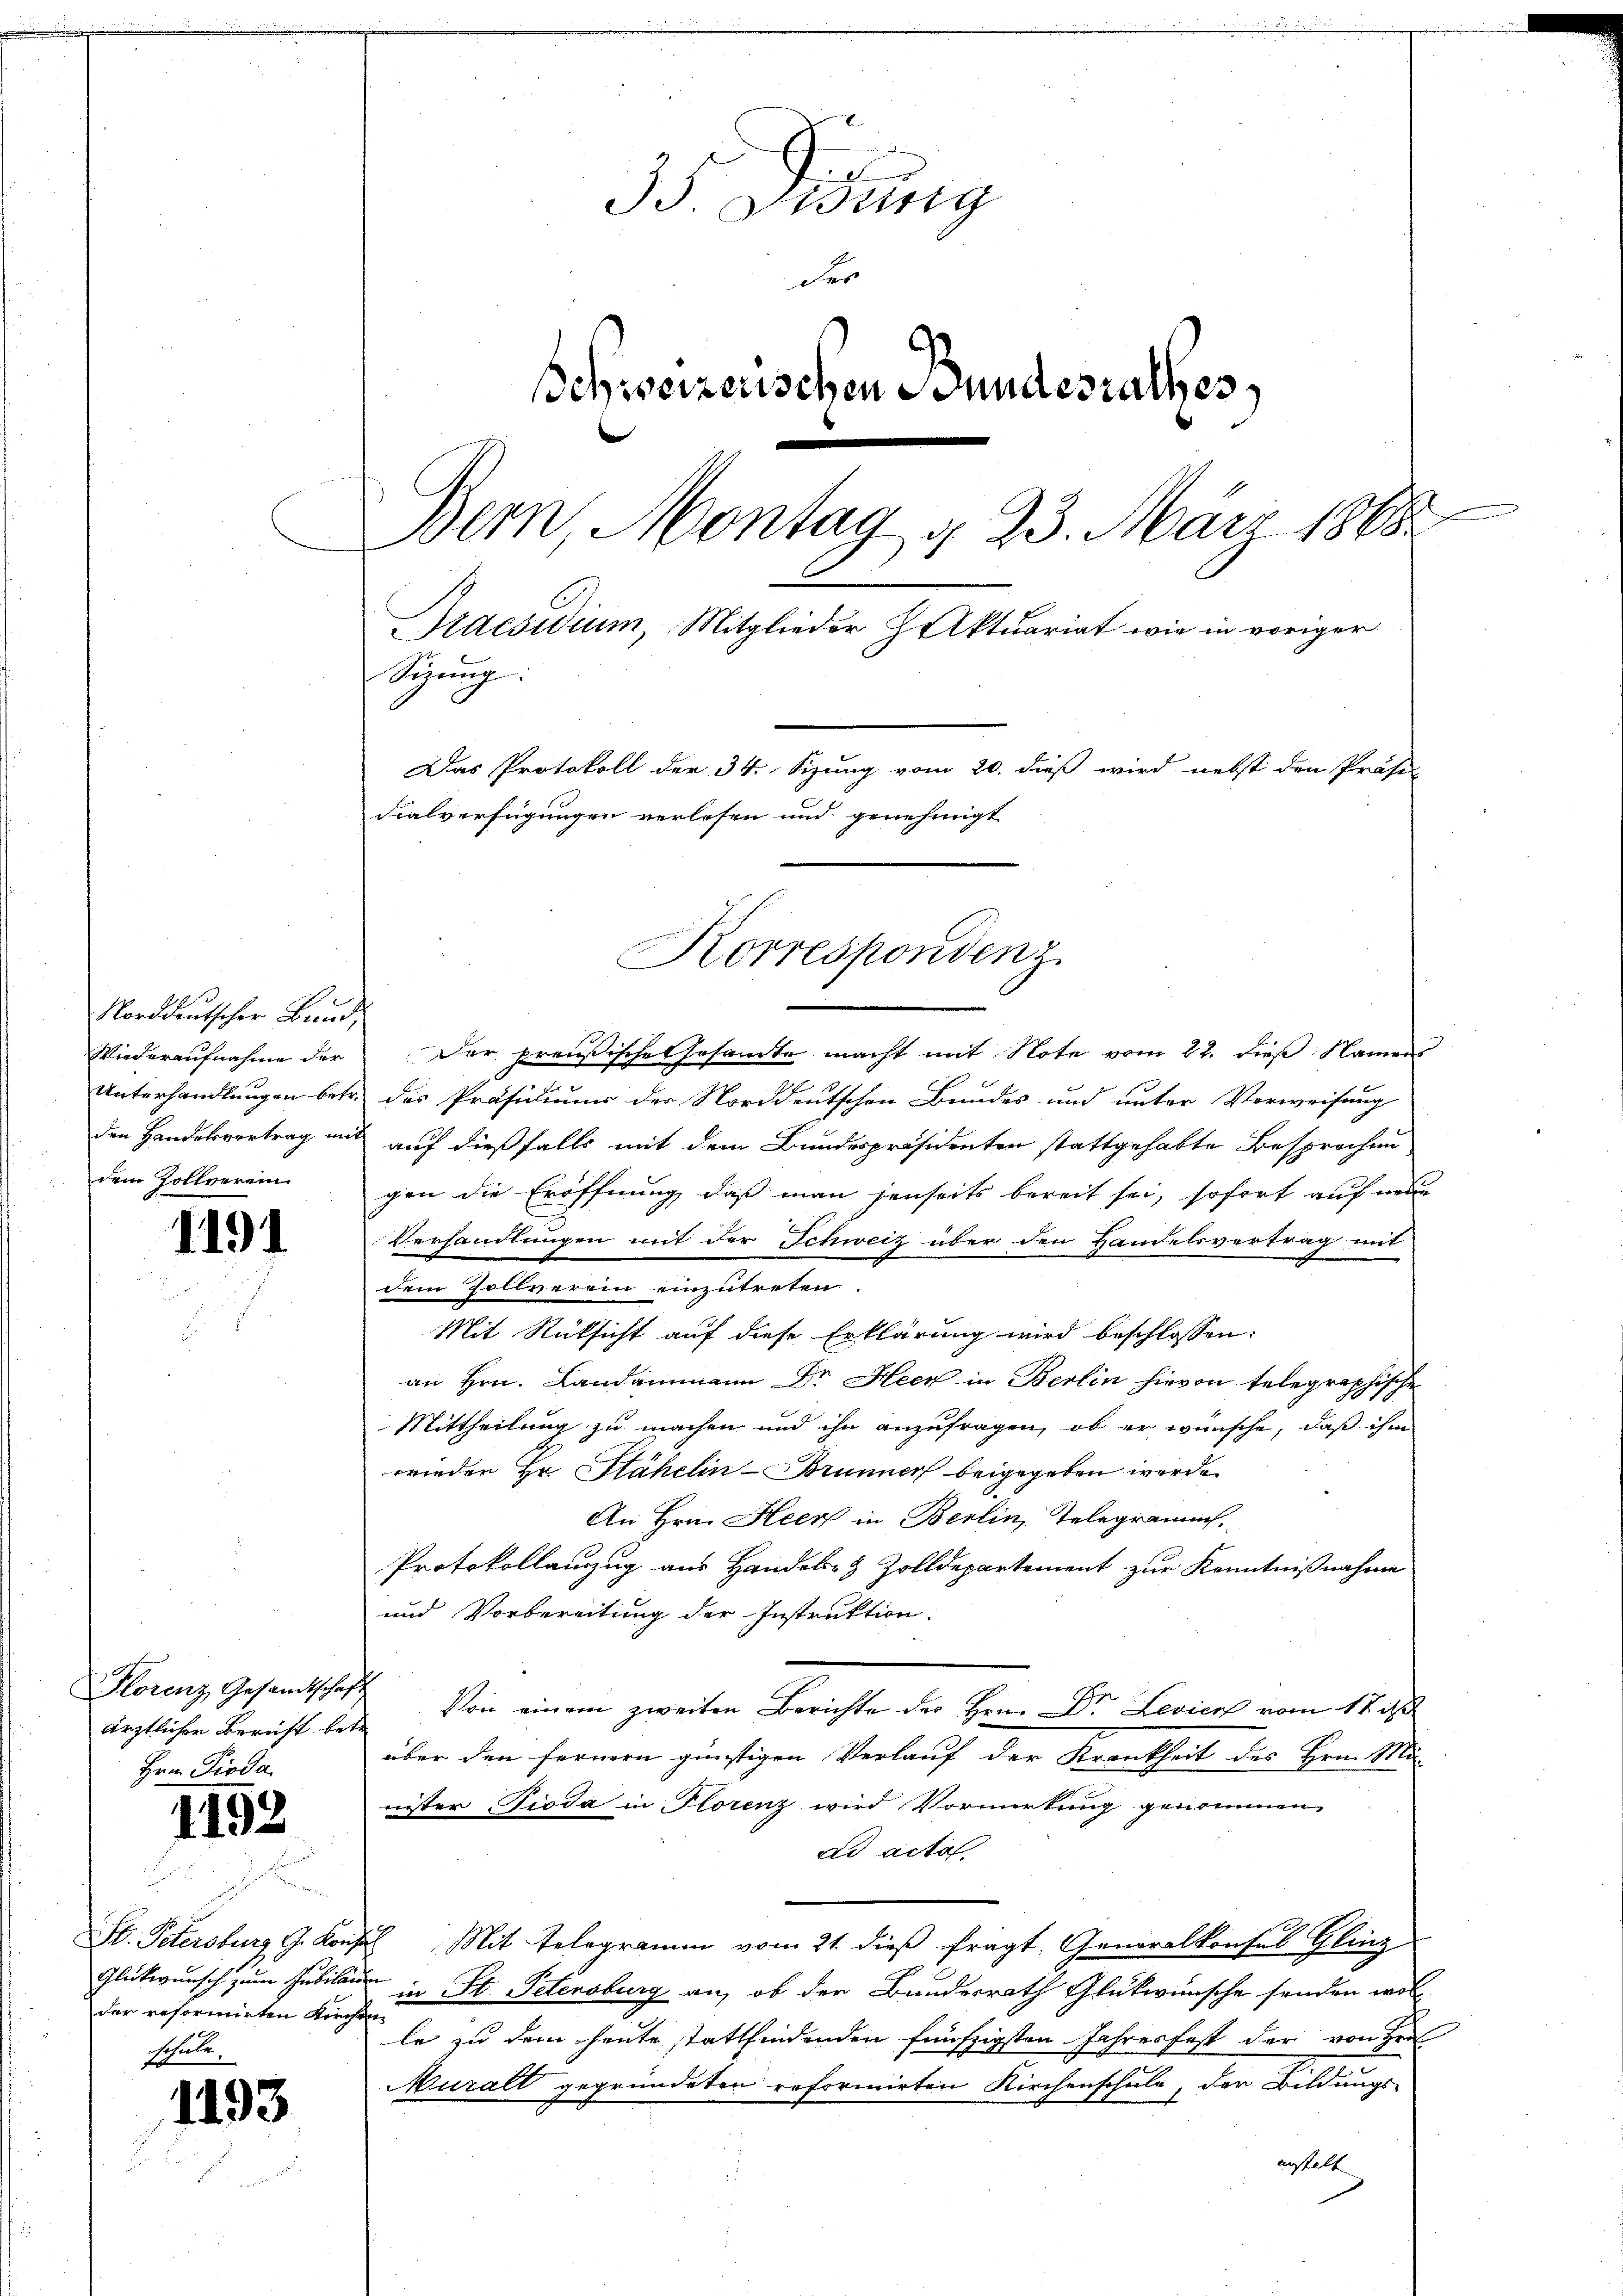
Norddeutscher Bund,
dem Zollverein

1191

ärztlicher Bericht betr.
Hrn Dioda

1192

der reformirten Kirchen
schule.

1493.

33. Distrig
der
Schweizerischen Bundesrathes,
Dein Montag d. 23. März 1888
Praesidium, Mitglieder Zaktuariat wie in voriger
Sizung:
Das Protokoll der 34. Sizung vom 20. dieß wird nebst den Präsen
Fialverfügungen verlesen und genehmigt

Wiederaufnahme der Der preußische Gesamte macht mit Note vom 22. dieß Namen
.
Unterhandlungen betr. des Präsidiums der Norddeutschen Bundes und unter Verweisung
den Handelsvertrag mit auf dießfalls mit dem Bundespräsidenten stattgehabte Besprochen
gen die Eröffnung daß man jenseits bereit sei, sofort auf mir
Verhandlungen mit der Schweiz über den Handelsvertrag mit
dem Zollverein einzutreten
Mit Rücksicht auf diese Erklärung wird beschlossen:
an Hrn. Landammann Dr. Heer in Berlin hievon telegraphische
Mittheilung zu machen und ihn anzufragen, ob er wünsche, daß ihm
wieden Hr. Stähelin - Brunner beigegeben werde.
An Hrn. Heer in Berlin, Telegramms.
Protokollauszug aus Handels- & Zolldepartement zur Kenntnißnahme
und Vorbereitung der Instruktion.
Florenz, Gesamtschaft Von einem zweiten Berichte der Hrn. Dr Levient vom 17. d.
über den fernern günstigen Verlauf der Krankheit des Hrn. Ma-
nister Pioda in Florenz wird Vormerkung genommen
ad acta
St. Petersburg G. Konses Mit Telegramm vom 21. dieß frägt. Generalkonses Glinz
Glückwunsch zum Jubilau in St. Petersburg an, ob der Bundesrath Glükwünsche senden woll
le zu dem heute stattfindenden fünfzigsten Jahresfest der von Hrn
Muralt gegründeten reformirten Kirchenschule, der Bildungs-
anstalt

Korrespondenz